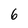
Character: 6